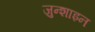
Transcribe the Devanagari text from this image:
ज़ुन्शाइन